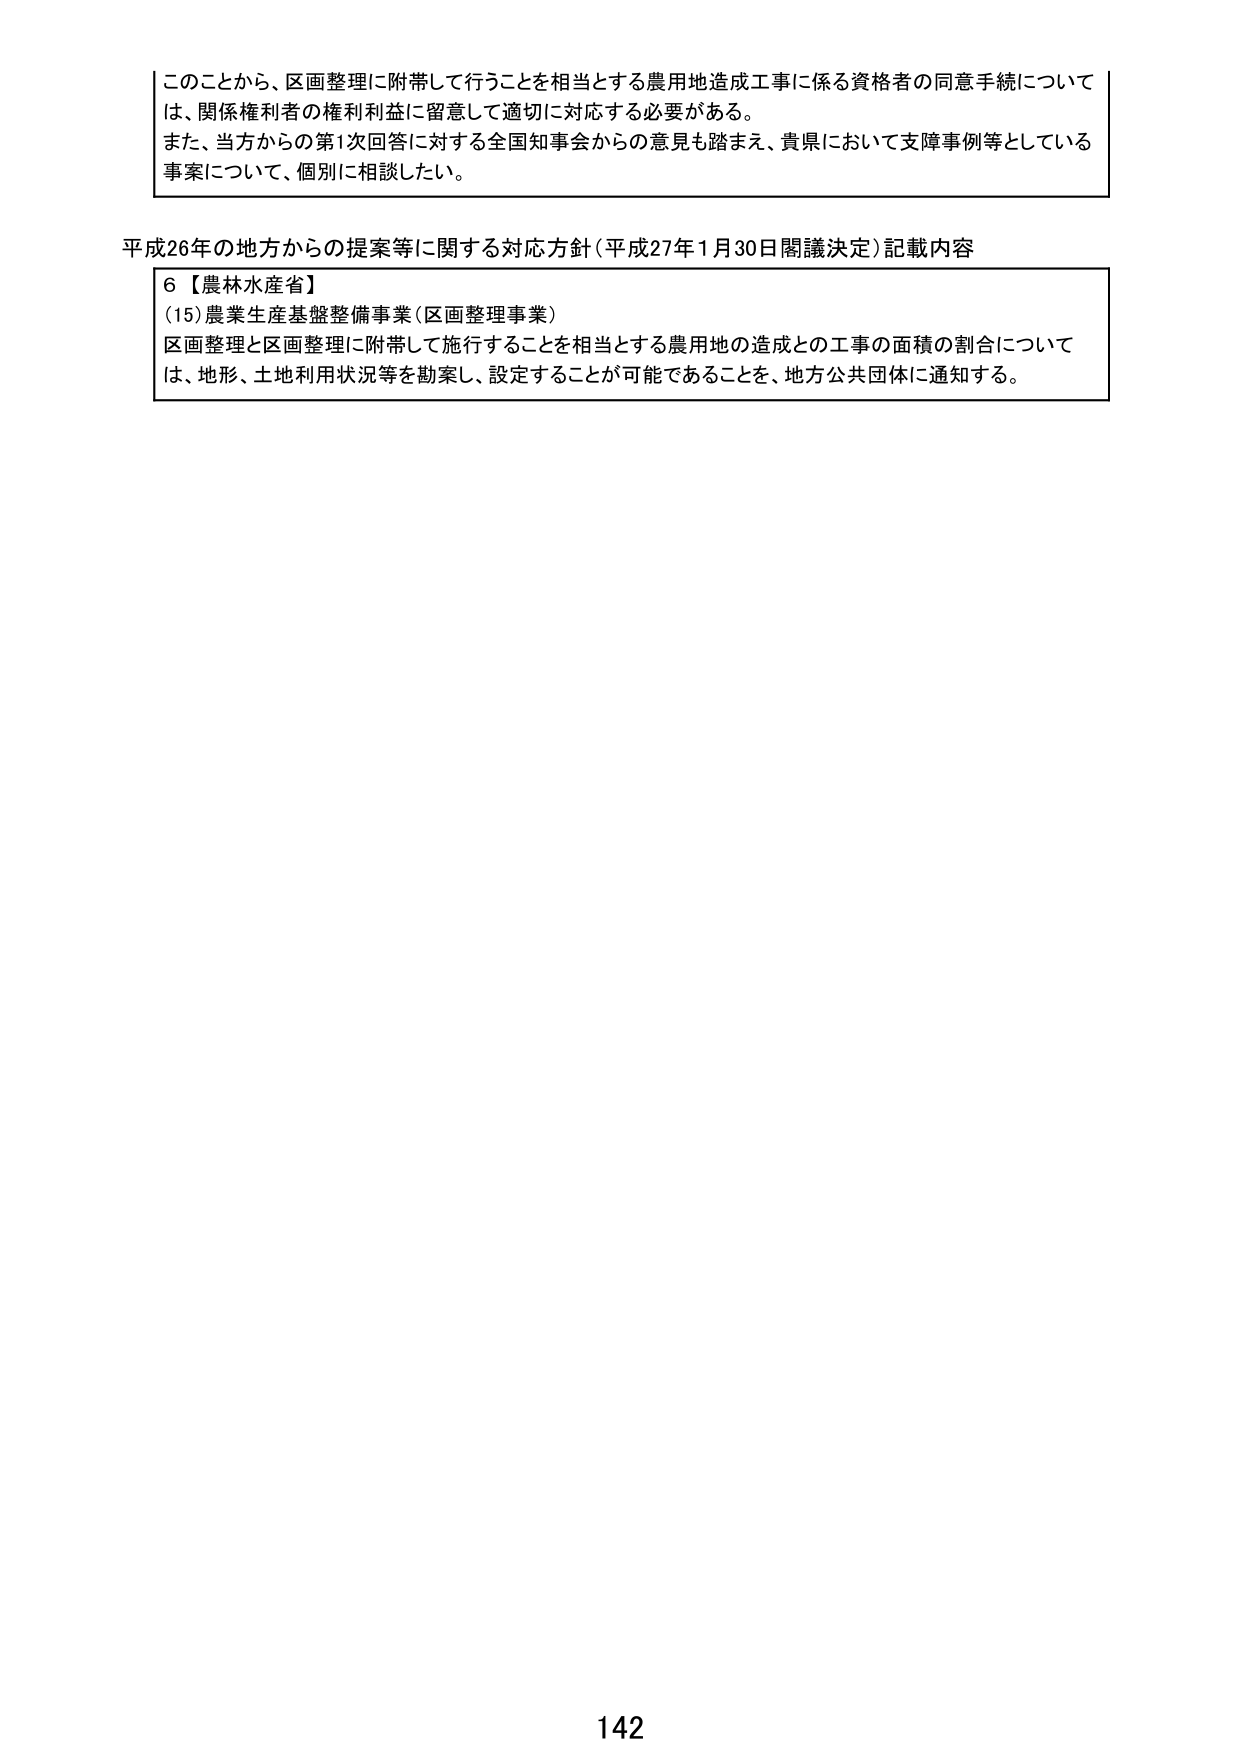
このことから、区画整理に附帯して行うことを相当とする農用地造成工事に係る資格者の同意手続については、関係権利者の権利利益に留意して適切に対応する必要がある。
また、当方からの第1次回答に対する全国知事会からの意見も踏まえ、貴県において支障事例等としている事案について、個別に相談したい。

平成26年の地方からの提案等に関する対応方針（平成27年1月30日閣議決定）記載内容
6【農林水産省】
(15)農業生産基盤整備事業（区画整理事業）
区画整理と区画整理に附帯して施行することを相当とする農用地の造成との工事の面積の割合については、地形、土地利用状況等を勘案し、設定することが可能であることを、地方公共団体に通知する。

142